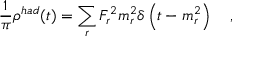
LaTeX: \frac { 1 } { \pi } \rho ^ { h a d } ( t ) = \sum _ { r } F _ { r } ^ { 2 } m _ { r } ^ { 2 } \delta \left( t - m _ { r } ^ { 2 } \right) \quad ,